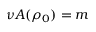
\nu A ( \rho _ { 0 } ) = m